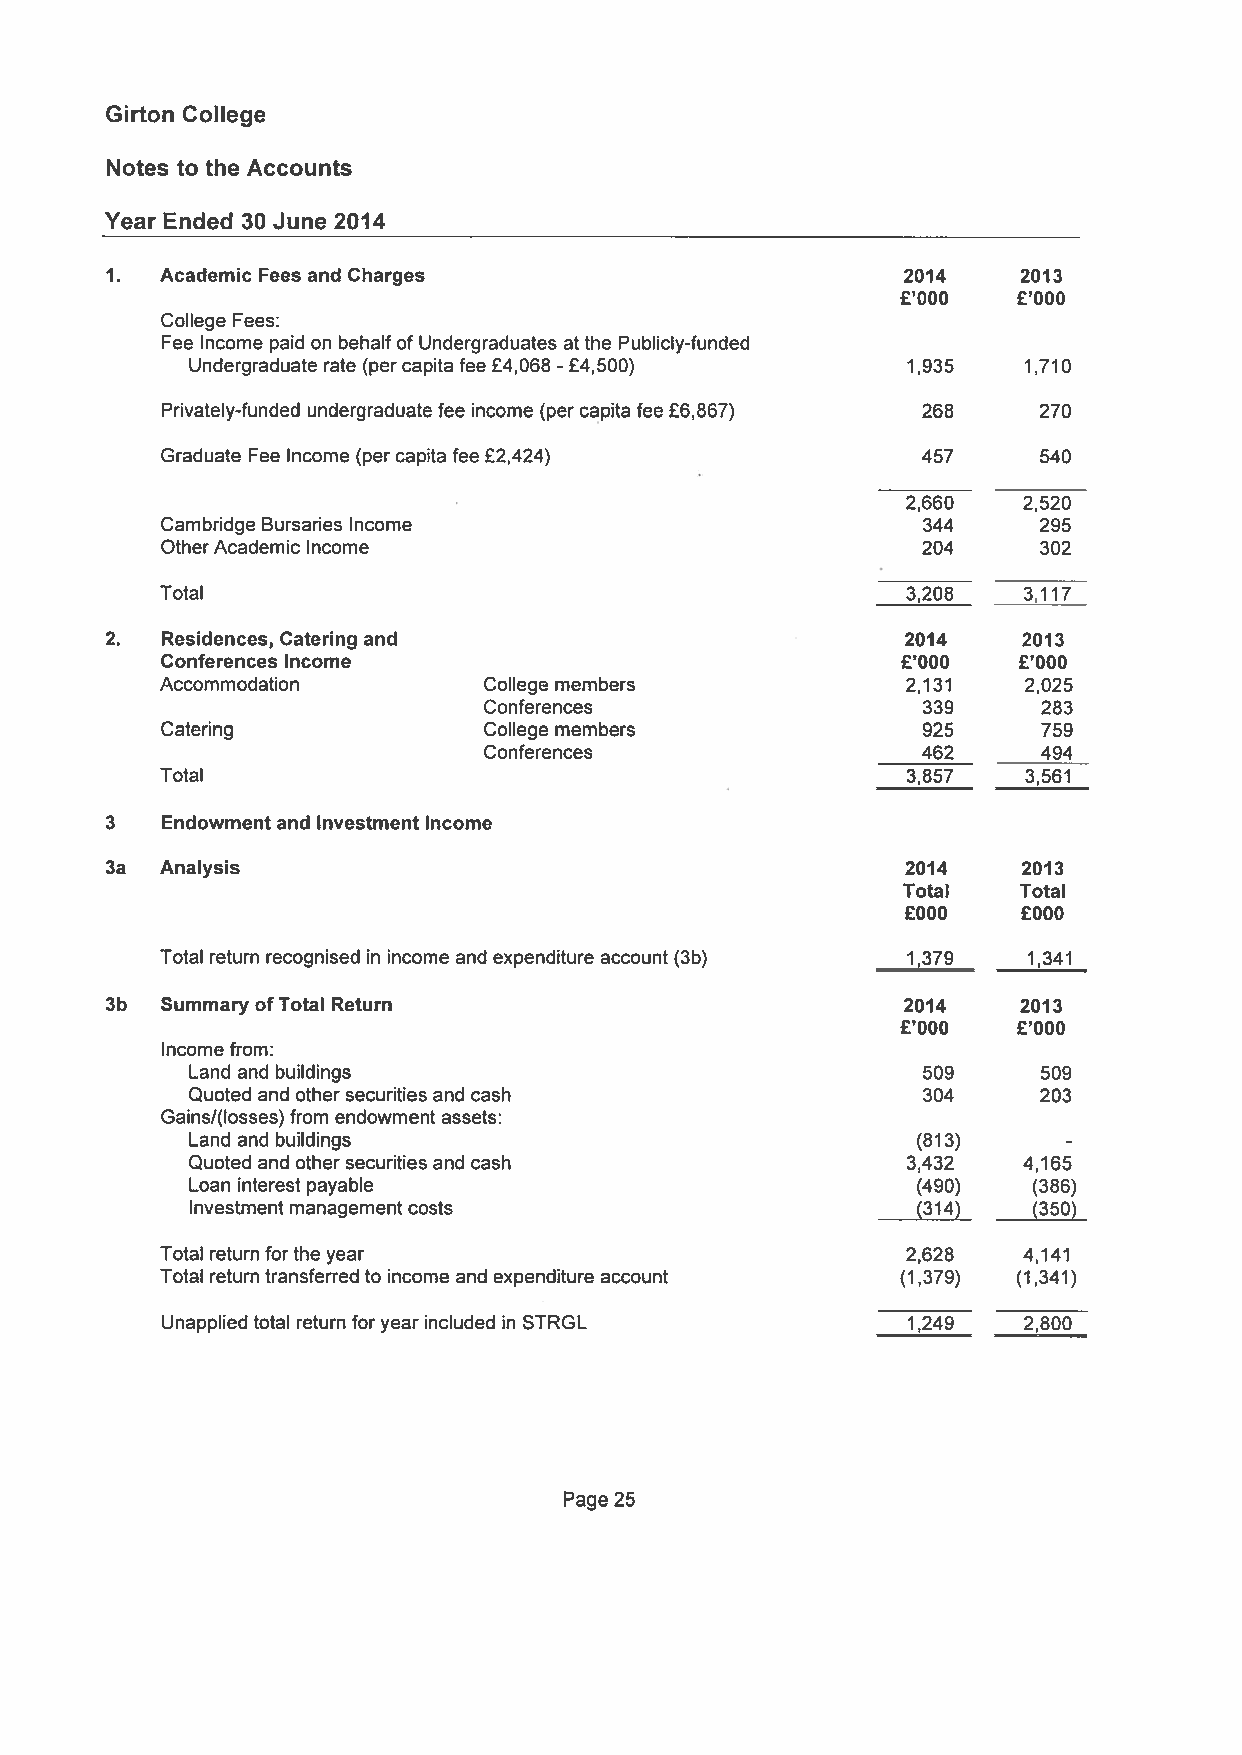
Girton College
 Notes to the Accounts
 Year Ended 30 June 2014
 1.  Academic Fees and Charges                        2014    2013
 £‘OOO  £‘OOO
 College Fees:
 Fee Income paid on behalf of Undergraduates at the Publicly-funded
 Undergraduate rate (percapita fee £4,068 £4,500) 1,935 1710
 -
 Privately-funded undergraduate fee income (per capita fee £6,867) 268 270
 Graduate Fee Income (percapita fee £2,424)        457     540
 2660    2,520
 Cambridge Bursaries Income                        344     295
 OtherAcademic Income                              204     302
 Total                                            3,208   3,117
 2.  Residences, Catering and                         2014    2013
 Conferences Income                               £‘OOO  £‘OOO
 Accommodation        College members             2,131   2,025
 Conferences                  339     283
 Catering             College members              925     759
 Conferences                  462     494
 Total                                            3,857   3,561
 3   Endowment and Investment Income
 3a  Analysis                                         2014    2013
 Total   Total
 £000    £000
 Total return recognised in income and expenditure account (3b) 1,379 1,341
 3b  Summary ofTotal Return                           2014    2013
 £‘OOO  £‘OOO
 Income from:
 Land and buildings                              509     509
 Quoted and other securities and cash            304     203
 Gains/(Iosses)from endowment assets:
 Land and buildings                              (813)
 -
 Quoted and other securities and cash           3,432   4,165
 Loan interest payable                           (490)  (386)
 Investment management costs                     (314)  (350)
 Total return forthe year                         2,628   4,141
 Total return transferred to income and expenditure account (1,379) (1,341)
 Unapplied total return foryear included in STRGL 1,249   2,800
 Page 25